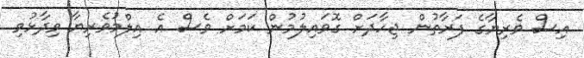
އިސް ވެރިޔާގެ ފަރާތުން ޖިހާދަށް ގޮވައިލުމުން ކަމަށް ވެސް އެ އިލްމުވެރިޔާ ވިދާޅުވި